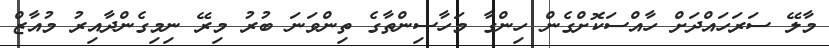
މާލޭ ސަރަހައްދަށް ހާއްސަކޮށްގެން ހިންގާ މަހާސިންތާގެ ތިންވަނަ ބުރު މިރޭ ނިމިގެންދާއިރު މުއާޒް